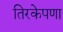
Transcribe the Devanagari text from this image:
तिरकेपणा